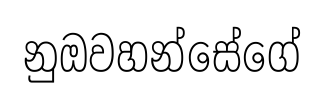
නුඔවහන්සේගේ